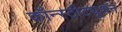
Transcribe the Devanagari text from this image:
कॉन्‍स्‍टीट्यूशन